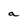
Character: a